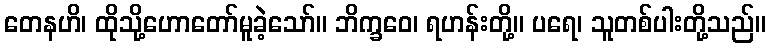
တေနဟိ၊ ထိုသို့ဟောတော်မူခဲ့သော်။ ဘိက္ခဝေ၊ ရဟန်းတို့။ ပရေ၊ သူတစ်ပါးတို့သည်။